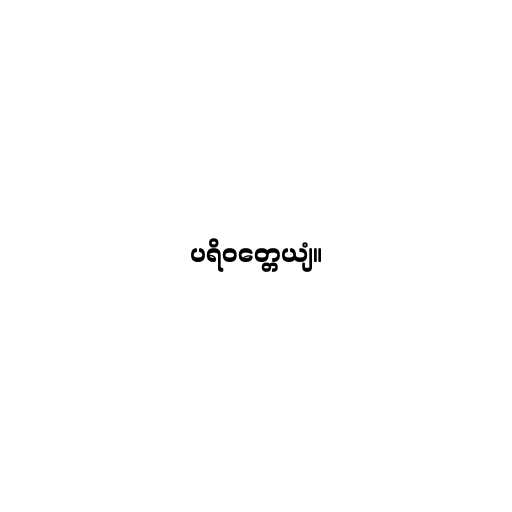
ပရိဝတ္တေယျံ။